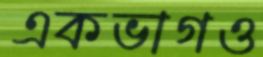
একভাগও